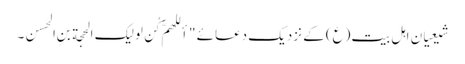
شیعیان اہل بیت(ع) کے نزدیک دعائے "أللهمَّ کُن لِولیکَ الحجة بنِ الحَسن۔